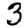
Digit: 3